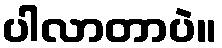
ပါလာတာပဲ။